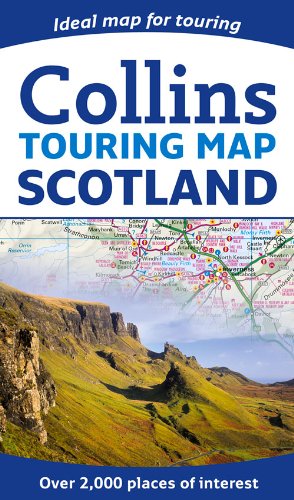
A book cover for Collins Touring Map Scotland 2014; Collins UK; Travel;